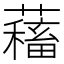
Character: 𧁃